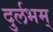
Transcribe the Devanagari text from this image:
दुर्लभम्